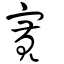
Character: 寛